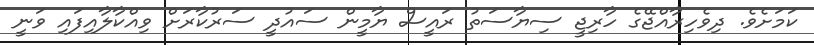
ކަމަށެވެ. ދިވެހިރާއްޖޭގެ ހާރިޖީ ސިޔާސަތު ރައީސް ޔާމީން ސައުދީ ސަރުކާރަށް ވިއްކާލާއިފައި ވަނީ